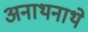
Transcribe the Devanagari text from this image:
अनाथनाथे